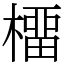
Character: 橊